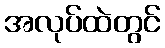
အလုပ်ထဲတွင်